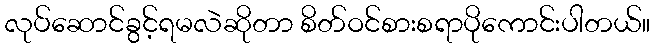
လုပ်ဆောင်ခွင့်ရမလဲဆိုတာ စိတ်ဝင်စားစရာပိုကောင်းပါတယ်။